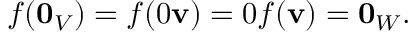
f ( \mathbf { 0 } _ { V } ) = f ( 0 \mathbf { v } ) = 0 f ( \mathbf { v } ) = \mathbf { 0 } _ { W } .